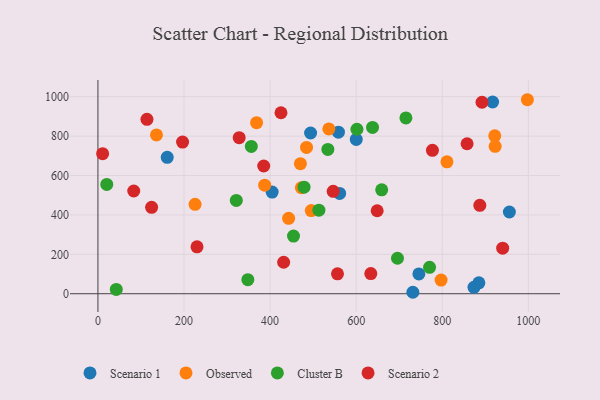
{"axis": {"x": "Price", "y": "Profit"}, "legend": ["Cluster B", "Observed", "Scenario 1", "Scenario 2"], "data": [{"x": "956.0", "y": 414.9, "type": "Scenario 1"}, {"x": "885.1", "y": 55.2, "type": "Scenario 1"}, {"x": "745.7", "y": 100.7, "type": "Scenario 1"}, {"x": "600.2", "y": 783.0, "type": "Scenario 1"}, {"x": "917.0", "y": 973.1, "type": "Scenario 1"}, {"x": "558.8", "y": 820.1, "type": "Scenario 1"}, {"x": "561.6", "y": 509.1, "type": "Scenario 1"}, {"x": "161.0", "y": 692.6, "type": "Scenario 1"}, {"x": "494.1", "y": 815.7, "type": "Scenario 1"}, {"x": "404.8", "y": 515.9, "type": "Scenario 1"}, {"x": "731.7", "y": 7.4, "type": "Scenario 1"}, {"x": "873.7", "y": 32.5, "type": "Scenario 1"}, {"x": "495.7", "y": 421.9, "type": "Observed"}, {"x": "997.8", "y": 984.7, "type": "Observed"}, {"x": "443.0", "y": 382.7, "type": "Observed"}, {"x": "136.0", "y": 805.9, "type": "Observed"}, {"x": "225.7", "y": 453.9, "type": "Observed"}, {"x": "810.9", "y": 669.3, "type": "Observed"}, {"x": "472.7", "y": 538.5, "type": "Observed"}, {"x": "536.5", "y": 836.4, "type": "Observed"}, {"x": "797.3", "y": 69.2, "type": "Observed"}, {"x": "922.9", "y": 748.0, "type": "Observed"}, {"x": "484.7", "y": 742.5, "type": "Observed"}, {"x": "368.6", "y": 868.1, "type": "Observed"}, {"x": "387.4", "y": 550.9, "type": "Observed"}, {"x": "922.0", "y": 801.7, "type": "Observed"}, {"x": "470.4", "y": 660.0, "type": "Observed"}, {"x": "696.0", "y": 180.0, "type": "Cluster B"}, {"x": "478.9", "y": 541.0, "type": "Cluster B"}, {"x": "321.5", "y": 473.8, "type": "Cluster B"}, {"x": "348.3", "y": 71.6, "type": "Cluster B"}, {"x": "659.3", "y": 527.5, "type": "Cluster B"}, {"x": "454.4", "y": 292.8, "type": "Cluster B"}, {"x": "513.4", "y": 424.2, "type": "Cluster B"}, {"x": "715.6", "y": 892.4, "type": "Cluster B"}, {"x": "770.5", "y": 134.1, "type": "Cluster B"}, {"x": "356.4", "y": 747.8, "type": "Cluster B"}, {"x": "601.8", "y": 834.8, "type": "Cluster B"}, {"x": "534.2", "y": 732.5, "type": "Cluster B"}, {"x": "42.6", "y": 22.0, "type": "Cluster B"}, {"x": "638.0", "y": 843.9, "type": "Cluster B"}, {"x": "20.5", "y": 555.0, "type": "Cluster B"}, {"x": "385.2", "y": 648.4, "type": "Scenario 2"}, {"x": "431.5", "y": 159.7, "type": "Scenario 2"}, {"x": "124.7", "y": 438.6, "type": "Scenario 2"}, {"x": "857.7", "y": 761.3, "type": "Scenario 2"}, {"x": "887.3", "y": 448.9, "type": "Scenario 2"}, {"x": "940.4", "y": 231.2, "type": "Scenario 2"}, {"x": "634.0", "y": 102.4, "type": "Scenario 2"}, {"x": "777.2", "y": 727.8, "type": "Scenario 2"}, {"x": "10.9", "y": 711.1, "type": "Scenario 2"}, {"x": "83.2", "y": 521.4, "type": "Scenario 2"}, {"x": "113.9", "y": 885.0, "type": "Scenario 2"}, {"x": "230.2", "y": 238.3, "type": "Scenario 2"}, {"x": "425.3", "y": 918.5, "type": "Scenario 2"}, {"x": "546.6", "y": 520.0, "type": "Scenario 2"}, {"x": "556.6", "y": 101.1, "type": "Scenario 2"}, {"x": "196.6", "y": 769.6, "type": "Scenario 2"}, {"x": "648.8", "y": 421.1, "type": "Scenario 2"}, {"x": "892.4", "y": 971.9, "type": "Scenario 2"}, {"x": "328.2", "y": 792.2, "type": "Scenario 2"}]}